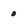
Character: 0